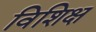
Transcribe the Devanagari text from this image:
विशिक्ष